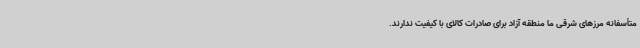
متأسفانه مرزهای شرقی ما منطقه آزاد برای صادرات کالای با کیفیت ندارند.